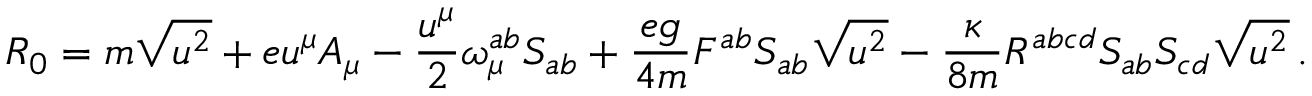
{ \cal R } _ { 0 } = m \sqrt { u ^ { 2 } } + e u ^ { \mu } A _ { \mu } - \frac { u ^ { \mu } } { 2 } { \omega } _ { \mu } ^ { a b } S _ { a b } + \frac { e g } { 4 m } F ^ { a b } S _ { a b } \sqrt { u ^ { 2 } } - \frac { \kappa } { 8 m } R ^ { a b c d } S _ { a b } S _ { c d } \sqrt { u ^ { 2 } } \, .